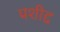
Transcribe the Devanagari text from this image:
प्रशीद्द